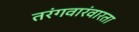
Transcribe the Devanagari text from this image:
तरंगवारंवारता